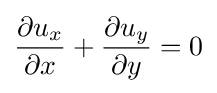
{\frac {\partial u_{x}}{\partial x}}+{\frac {\partial u_{y}}{\partial y}}=0